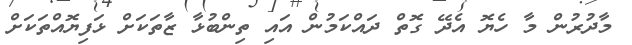
މާދުރުން މާ ހެޔޮ އެދޭ ގޮތް ދައްކަމުން އައި ތިންބުޅާ ޒާތަކަށް ޅަފިޔޮއްތަކަށް